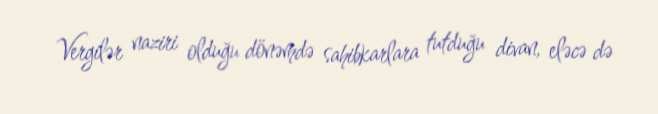
Vergilər naziri olduğu dönəmdə sahibkarlara tutduğu divan, eləcə də